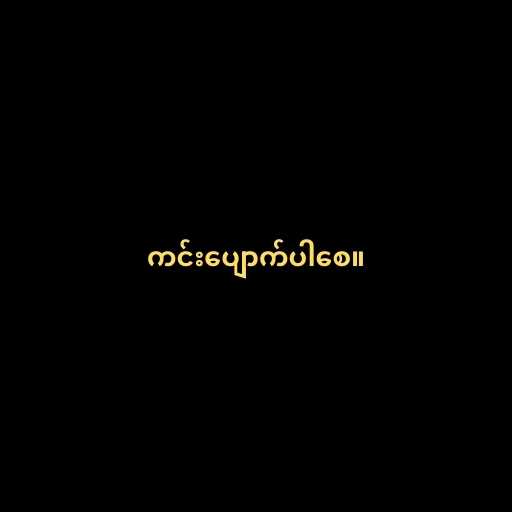
ကင်းပျောက်ပါစေ။